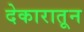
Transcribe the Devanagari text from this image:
देकारातून